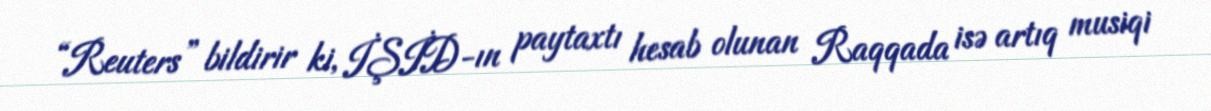
“Reuters” bildirir ki, İŞİD-ın paytaxtı hesab olunan Raqqada isə artıq musiqi